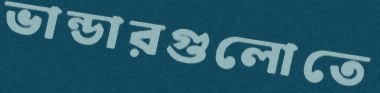
ভান্ডারগুলোতে